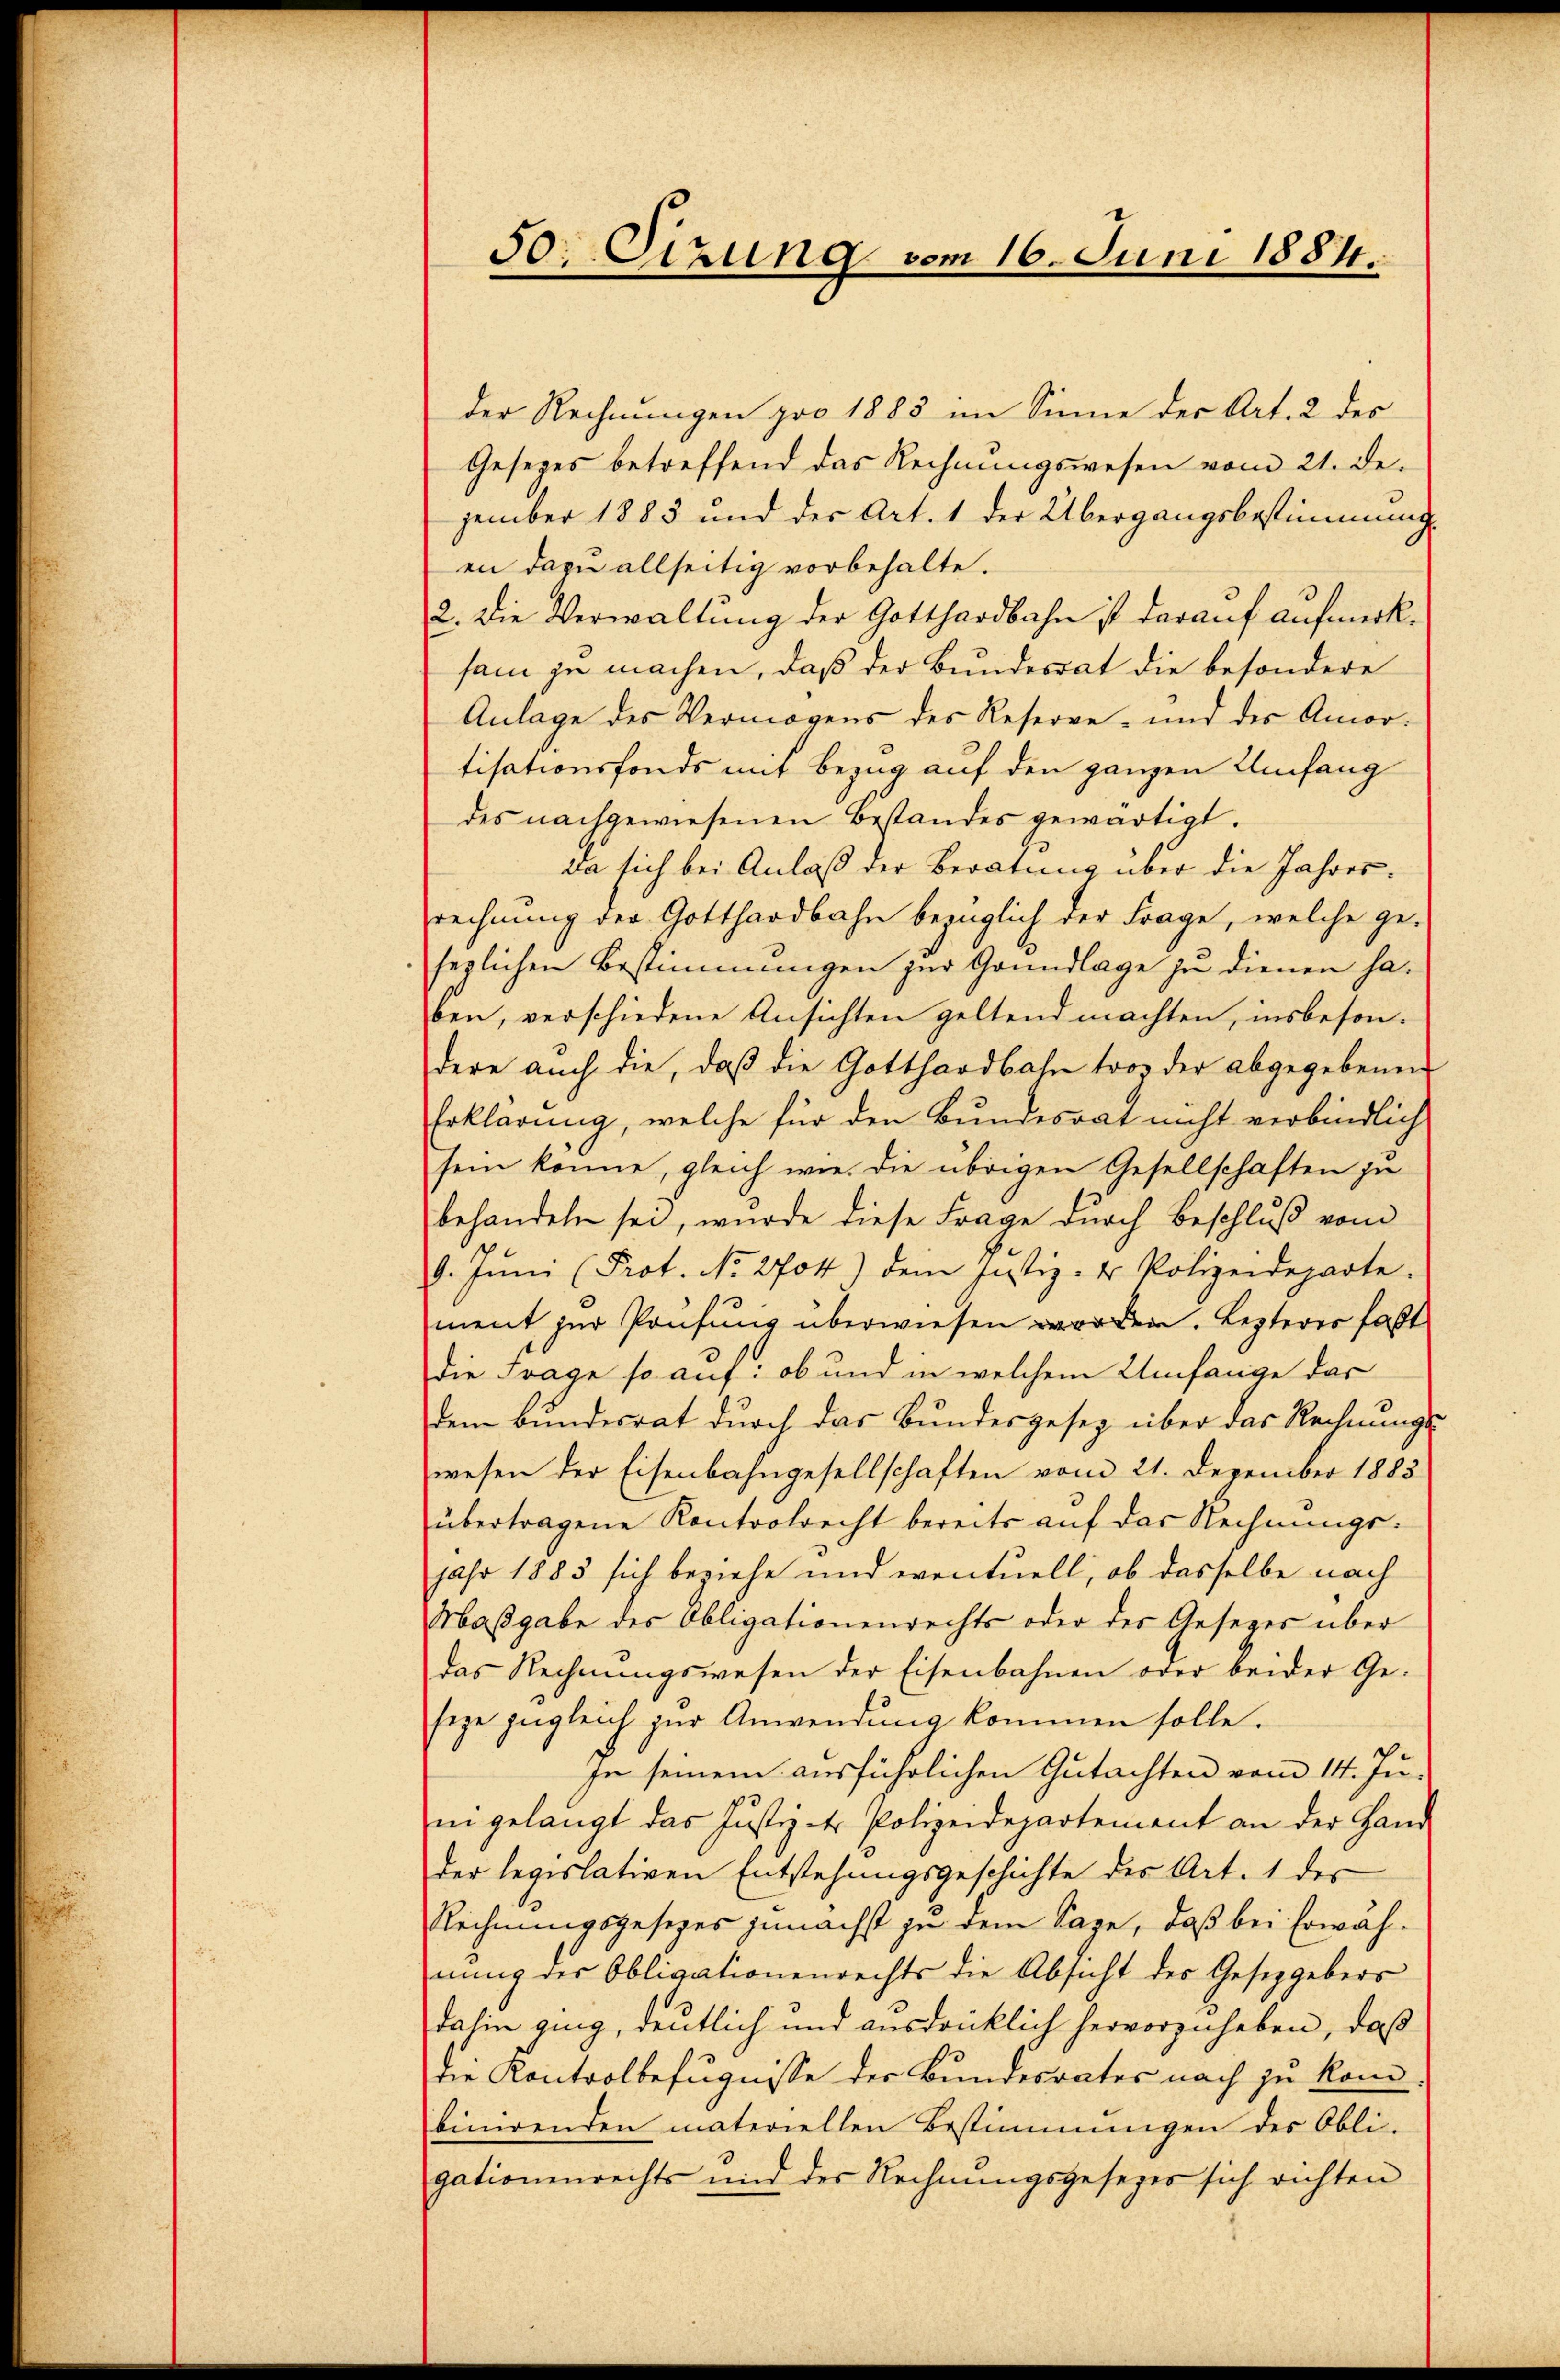
50: Sizung vom 16. Juni 1884.

der Rechnungen pro 1883 im Sinne der Art. 2 des
Gesezes betreffend das Rechnungswesen vom 21. Dezember 1883 und der Art. 1 der Übergangsbestimmung
en dazu allseitig vorbehalte.
2. Die Verwaltung der Gotthardbahn ist darauf aufmerksam zu machen, daß der Bundesrat die besondere
Anlage des Vermögens des Reserve- und des Amortisationsfonds mit Bezug auf den ganzen Umfang
des nachgewiesenen Bestandes gewärtigt.
da sich bei Anlaß der Beratung über die Jahresrechnung der Gotthardbahn bezüglich der Frage, welche ge-
sezlichen Bestimmungen zur Grundlage zu dienen haben, verschiedene Ansichten geltend machten, insbesondere auch die, daß die Gotthardbahn tron der abgegebenen
Erklärung, welche für den Bundesort nicht verbindlich
sein könne, gleich wie die übrigen Gesellschaften zu
behandeln sei, wurde diese Frage durch Beschluß vom
9. Jŭni (Prot. No. 2704) dem Justiz- & Polizeideparte.
ment zur Prüfung überwiesen worden. Lezteres faßt
die Frage so auf: ob und in welchem Umfange das
dem Bundesrat durch das Bundesgesez über das Rechnungs-
wesen der Eisenbahngesellschaften vom 21. Dezember 1883
übertragene Kontoolrecht bereits auf das Rechnungsjahr 1885 sich beziehe und eventuell, ob dasselbe nach
Maßgabe des Obligationenrechts oder des Gesezes über
das Rechnŭngswesen der Eisenbahnen oder beider Ge-
seze zugleich zŭr Anwendung kommen solle.
In seinem ausführlichen Gutachten vom 14. Ju-
in gelangt das Justiz-tr Polizeidepartement an der Hand
der legislativen Entstehungsgeschichte des Art. 1 des
Rechnungsgesezes zunächst zu dem Sage, daß bei Erwähnung des Obligationenrechts die Absicht des Gesetzgebers
dahin ging, deutlich und ausdrücklich hervorzuheben, daß
die Kontrolbefugnisse der Bundesrates nach zu konn
binirenden materiellen Bestimmungen des Obli-
gationenrechts und der Rechnungsgesezes sich richten